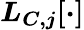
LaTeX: \boldsymbol{L_{C,j}[\cdot]}